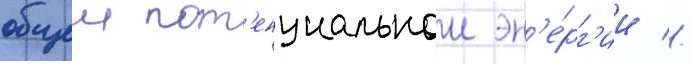
общеи пот'енциальнои эн'е́рг'ии //